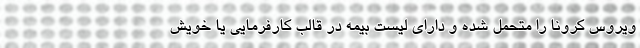
ویروس کرونا را متحمل شده و دارای لیست بیمه در قالب کارفرمایی یا خویش